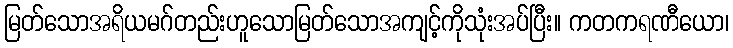
မြတ်သောအရိယမဂ်တည်းဟူသောမြတ်သောအကျင့်ကိုသုံးအပ်ပြီး။ ကတကရဏီယော၊